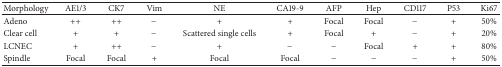
<table><thead><tr><td><b>Morphology</b></td><td><b>AE1/3</b></td><td><b>CK7</b></td><td><b>Vim</b></td><td><b>NE</b></td><td><b>CA19-9</b></td><td><b>AFP</b></td><td><b>Hep</b></td><td><b>CD117</b></td><td><b>P53</b></td><td><b>Ki67</b></td></tr></thead><tbody><tr><td>Adeno</td><td>++</td><td>++</td><td>−</td><td>+</td><td>+</td><td>Focal</td><td>Focal</td><td>−</td><td>+</td><td>50%</td></tr><tr><td>Clear cell</td><td>+</td><td>+</td><td>−</td><td>Scattered single cells</td><td>+</td><td>Focal</td><td>+</td><td>−</td><td>+</td><td>20%</td></tr><tr><td>LCNEC</td><td>+</td><td>++</td><td>−</td><td>+</td><td>−</td><td>−</td><td>Focal</td><td>+</td><td>+</td><td>80%</td></tr><tr><td>Spindle</td><td>Focal</td><td>Focal</td><td>+</td><td>Focal</td><td>Focal</td><td>−</td><td>−</td><td>−</td><td>+</td><td>50%</td></tr></tbody></table>